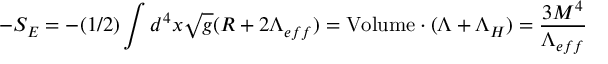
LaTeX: - S _ { E } = - ( 1 / 2 ) \int d ^ { 4 } x \sqrt { g } ( R + 2 \Lambda _ { e f f } ) = \mathrm { V o l u m e } \cdot ( \Lambda + \Lambda _ { H } ) = \frac { 3 M ^ { 4 } } { \Lambda _ { e f f } }